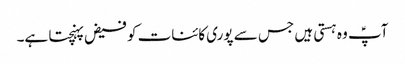
آپؑ وہ ہستی ہیں جس سے پوری کائنات کو فیض پہنچتا ہے۔